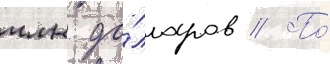
млн до́лларов // По́